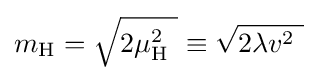
m_{\text{H}}={\sqrt {2\mu _{\text{H}}^{2}\ }}\equiv {\sqrt {2\lambda v^{2}\ }}